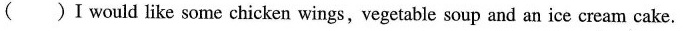
( )I would like some chicken wings,vegetable soup and an ice cream cake.